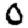
Digit: 0